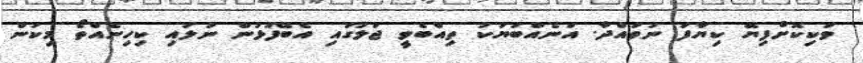
ވަކިކޮށްފިޔޭ ކިޔާފަ ނުވައްދާ. އަނެއްބަޔަކު ތިއްބެވީ ޖަލުގައި އެބޭފުޅުން ނުލައި ކިހިނެއްތޯ މިކަން